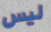
ليس